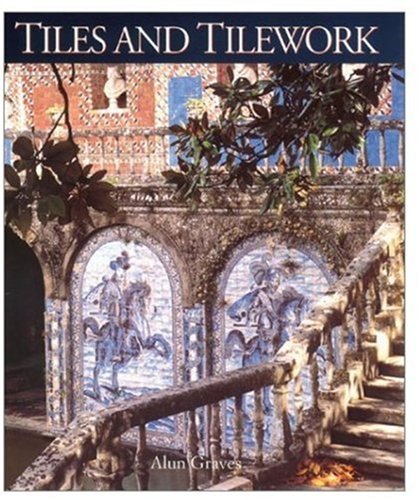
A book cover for Tiles and Tilework of Europe; Alun Graves; Crafts, Hobbies & Home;